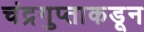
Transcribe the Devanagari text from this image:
चंद्रगुप्ताकडून